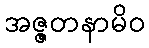
အဇ္ဇတနာမိဝ